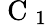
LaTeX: \mathrm{~C~}_{1}